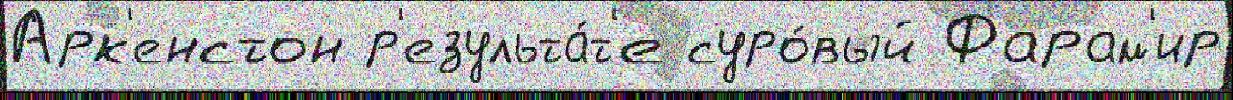
Арк'енстон р'езульта́т'е суро́вый Фарам'ир